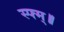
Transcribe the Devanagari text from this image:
स्फ्म्॥